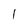
Character: l